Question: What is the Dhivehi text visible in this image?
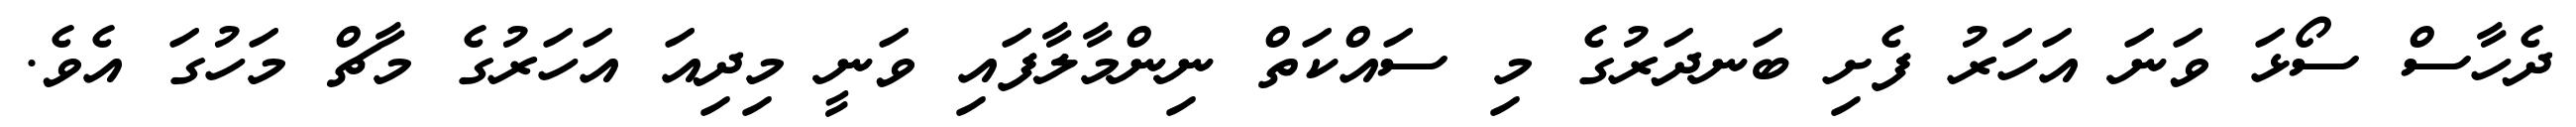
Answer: ދެހާސް ސޯޅަ ވަނަ އަހަރު ފެށި ބަނދަރުގެ މި ސައްކަތް ނިންމާލާފައި ވަނީ މިދިއަ އަހަރުގެ މާޗް މަހުގަ އެވެ.